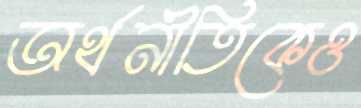
অর্থনীতিকেও